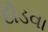
દોડવા